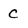
Character: C